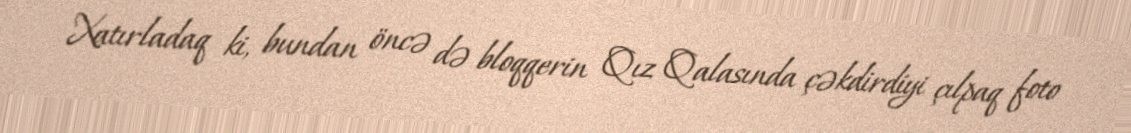
Xatırladaq ki, bundan öncə də bloqqerin Qız Qalasında çəkdirdiyi çılpaq foto